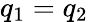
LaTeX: q_{1}=q_{2}